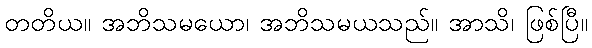
တတိယ။ အဘိသမယော၊ အဘိသမယသည်။ အာသိ၊ ဖြစ်ပြီ။